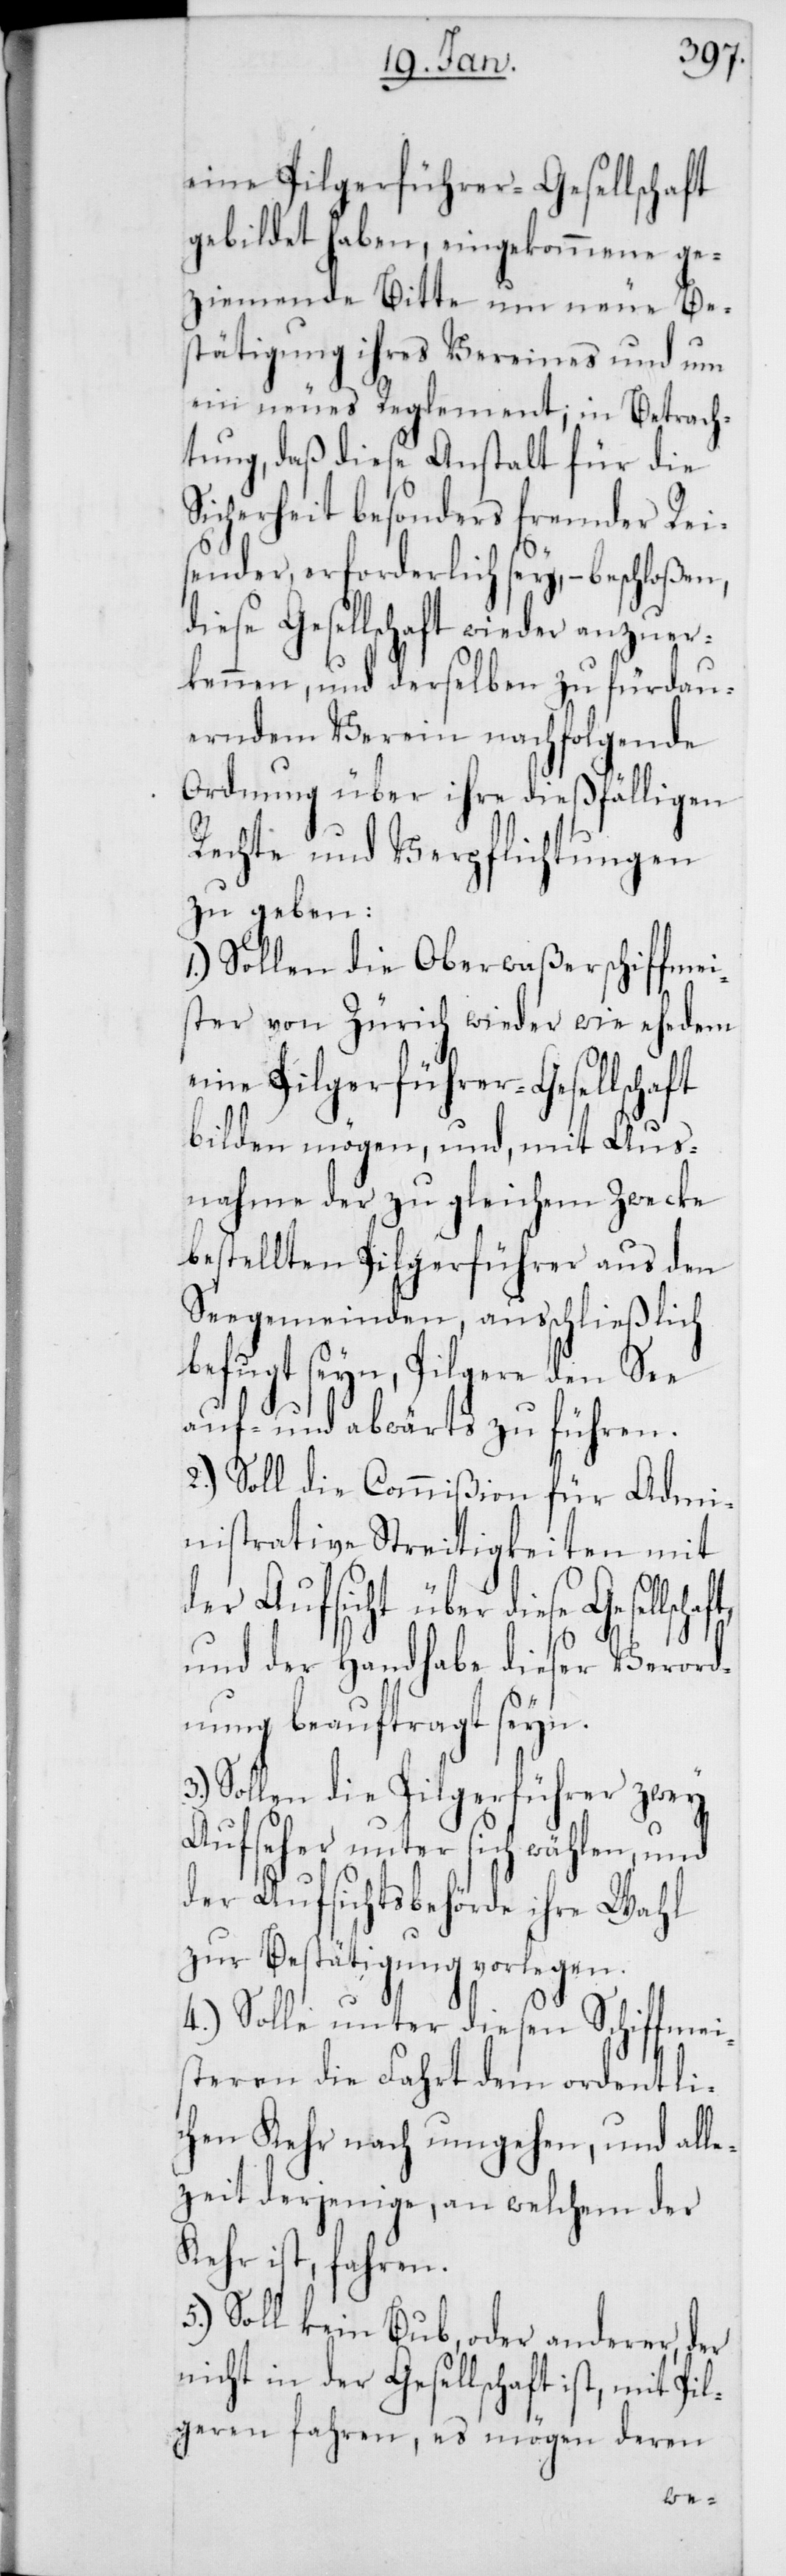
eine Pilgerführer-Gesellschaft
gebildet haben, eingekommene ge¬
ziemende Bitte um neue Be¬
stätigung ihres Vereines und um
ein neues Reglement; in Betrach¬
tung, daß diese Anstalt für die
Sicherheit besonders fremder Rei¬
sender, erforderlich sey, – beschloße¬
diese Gesellschaft wieder anzuer¬
kennen, und derselben zu fürdau¬
erndem Verein nachfolgende
Ordnung über ihre dießfälligen
Rechte und Verpflichtungen
zu geben:
1.) Sollen die Oberwaßerschiffmei¬
ster von Zürich wieder wie ehedem
bilden mögen, und, mit Aus¬
nahme der zu gleichem Zwecke
bestellten Pilgerführer aus den
Seegemeinden, ausschließlich
befugt seyn, Pilgere den See
auf- und abwärts zu führen.
2.) Soll die Commißion für Admi¬
nistrative Streitigkeiten mit
der Aufsicht über diese Gesellsc¬
und der Handhabe dieser Verord¬
nung beauftragt seyn.
3.) Sollen die Pilgerführer zwey
Aufseher unter sich wählen, und
der Aufsichtsbehörde ihre Wahl
zur Bestätigung vorlegen.
4.) Solle unter diesen Schiffmei¬
steren die Fahrt dem ordentli¬
chen Kehr nach umgehen, und all¬
ezeit derjenige, an welchem der
Kehr ist, fahren.
5.) Soll kein Bub, oder anderer, der
nicht in der Gesellschaft ist, mit Pil¬
geren fahren, es mögen deren
haft